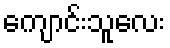
ကျောင်းသူလေး